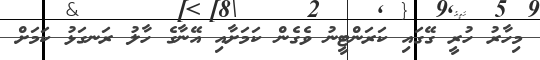
މިހާރު ހުރީ ގޭގައި ކަރަންޓީނު ވެގެން ކަމަށާއި އޭނާގެ ހާލު ރަނގަޅު ކަމަށް